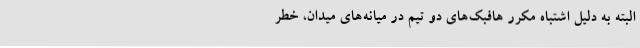
البته به دلیل اشتباه مکرر هافبک‌های دو تیم در میانه‌های میدان، خطر